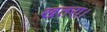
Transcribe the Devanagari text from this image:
खतरा।